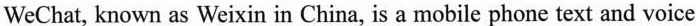
WeChat, known as Weixin in China, is a mobile phone text and voice